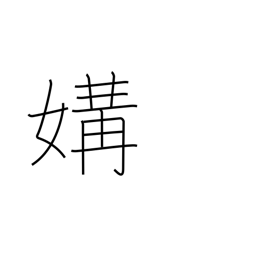
Meaning: intimacy